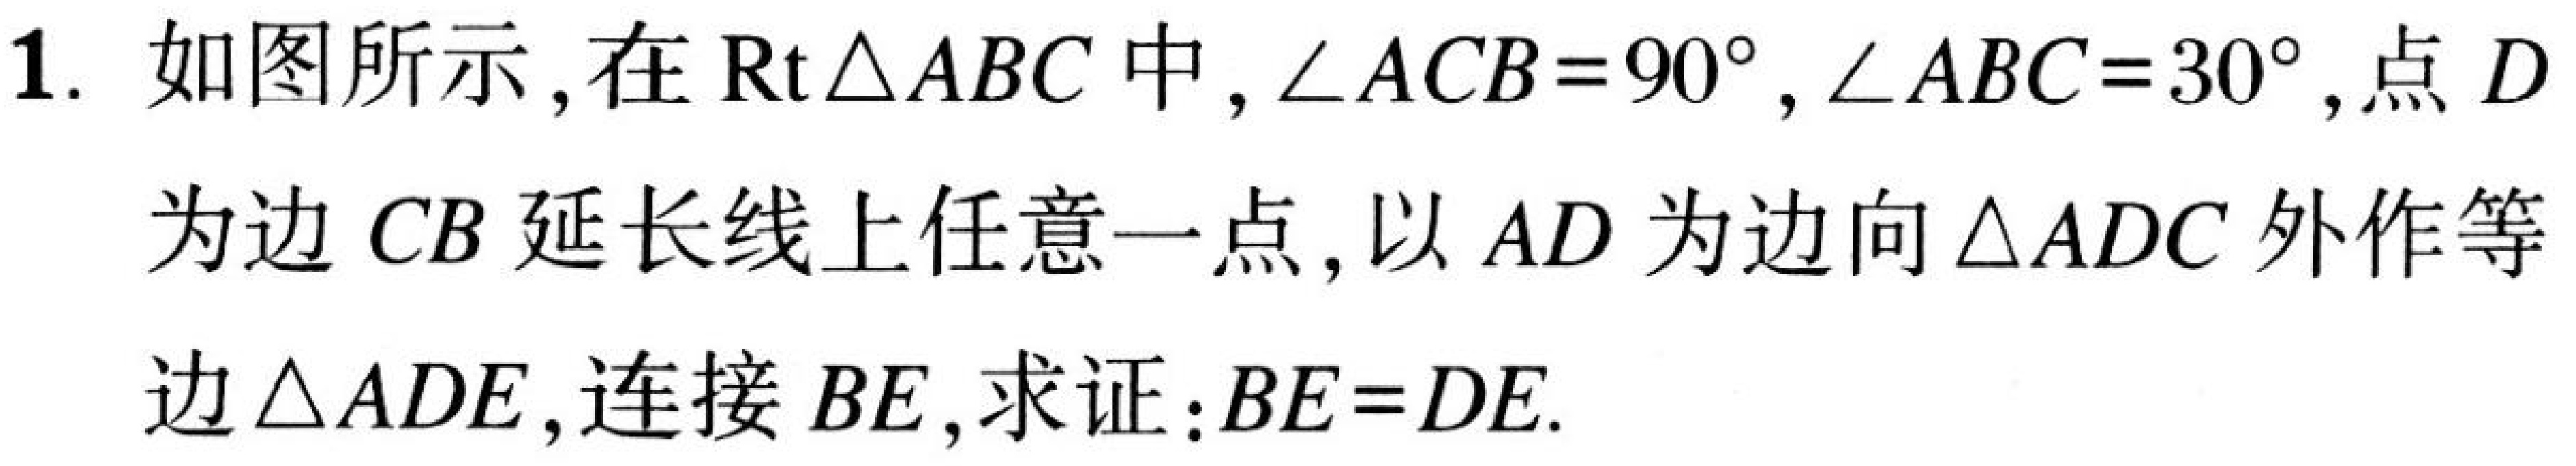
1. 如图所示,在$\text{Rt}\triangle ABC$中,$\angle ACB = 90^{\circ},\angle ABC = 30^{\circ}$,点$D$
为边$CB$延长线上任意一点,以$AD$为边向$\triangle ADC$外作等
边$\triangle ADE$,连接$BE$,求证:$BE = DE.$